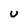
Character: U